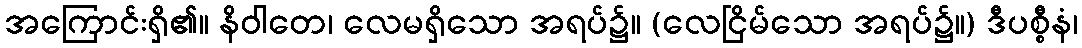
အကြောင်းရှိ၏။ နိဝါတေ၊ လေမရှိသော အရပ်၌။ (လေငြိမ်သော အရပ်၌။) ဒီပစ္စီနံ၊